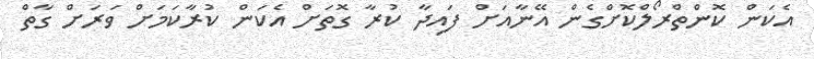
އެކަން ކޮންތްރޯލްކޮށްގެން އޭނާއަށް ފައިދާ ކުރާ ގޮތަށް އެކަން ކުރާކަމަށް ވަރަށް ގާތް